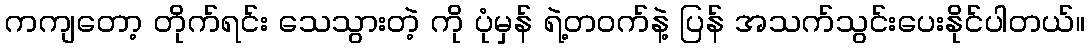
ကကျတော့ တိုက်ရင်း သေသွားတဲ့ ကို ပုံမှန် ရဲ့တဝက်နဲ့ ပြန် အသက်သွင်းပေးနိုင်ပါတယ်။